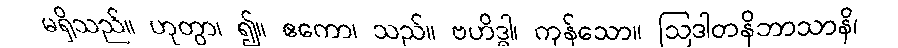
မရှိသည်။ ဟုတွာ၊ ၍။ ဧကော၊ သည်။ ဗဟိဒ္ဓါ၊ ကုန်သော။ ဩဒါတနိဘာသာနိ၊